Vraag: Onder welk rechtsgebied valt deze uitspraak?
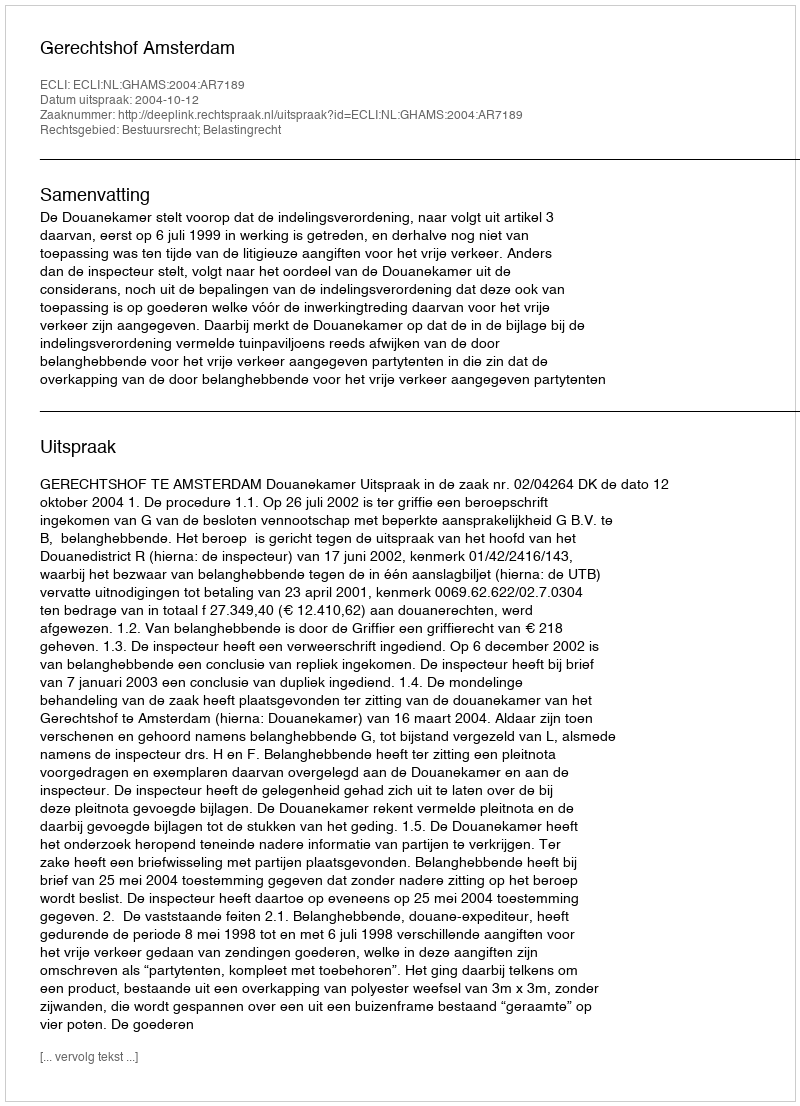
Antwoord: Bestuursrecht; Belastingrecht